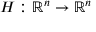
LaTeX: H : \mathbb { R } ^ { n } \rightarrow \mathbb { R } ^ { n }